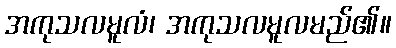
အကုသလမူလံ၊ အကုသလမူလမည်၏။